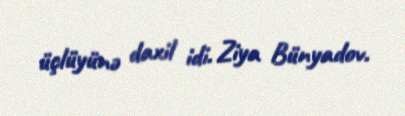
üçlüyünə daxil idi. Ziya Bünyadov.